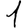
Digit: 1